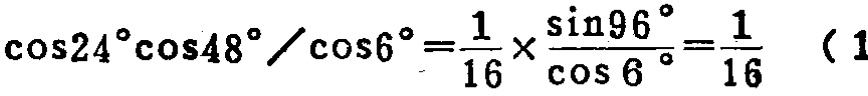
\(\cos24^{\circ}\cos48^{\circ}/\cos6^{\circ}=\frac{1}{16}\times\frac{\sin96^{\circ}}{\cos6^{\circ}}=\frac{1}{16}\) （1）